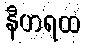
နီဟရထ